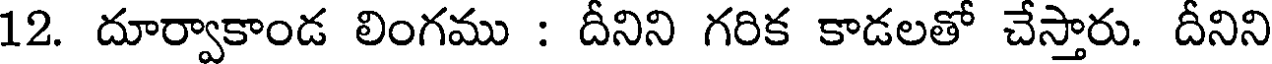
12. దూర్వాకాండ లింగము : దీనిని గరిక కాడలతో చేస్తారు. దీనిని